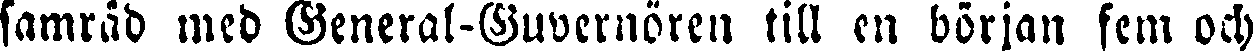
samråd med General-Guvernören till en början fem och